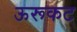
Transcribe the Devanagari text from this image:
ऊरूकट